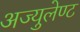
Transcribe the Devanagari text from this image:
अज्युलेण्ट